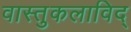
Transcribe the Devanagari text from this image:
वास्तुकलाविद्